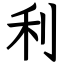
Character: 利